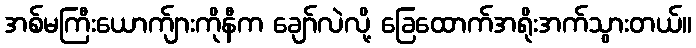
အစ်မကြီးယောက်ျားကိုနီက ချော်လဲလို့ ခြေထောက်အရိုးအက်သွားတယ်။